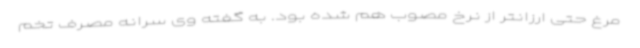
مرغ حتی ارزانتر از نرخ مصوب هم شده بود. به گفته وی سرانه مصرف تخم